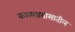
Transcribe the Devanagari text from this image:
काव्यप्रवासातील